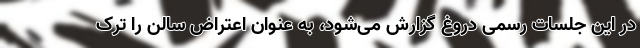
در این جلسات رسمی دروغ گزارش می‌شود، به عنوان اعتراض سالن را ترک